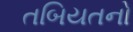
તબિયતનો